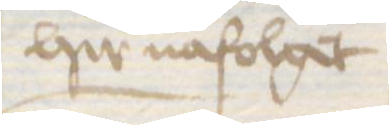
hir nafolget